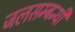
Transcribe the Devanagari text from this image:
जलसम्बन्धी